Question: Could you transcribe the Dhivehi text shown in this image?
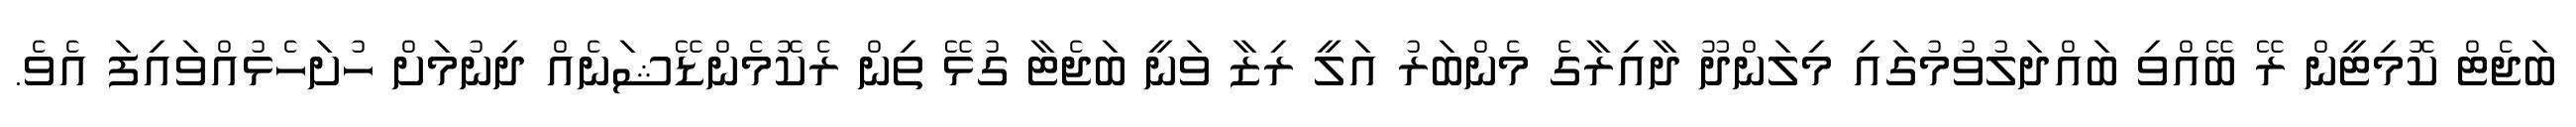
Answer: ބަޖެޓް ކޮމިޓީން ރޭ ބޭއްވި ބައްދަލުވުމުގައި މިލަންދޫ ދާއިރާގެ މެންބަރު އަލީ ރިޒާ ވަނީ ބަޖެޓާ ގުޅޭ ތިން ރެކޮމެންޑޭޝަނެއް ދިނުމަށް ހުށަހެޅުއްވައިފަ އެވެ.